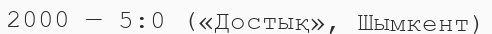
2000 — 5:0 («Достық», Шымкент)